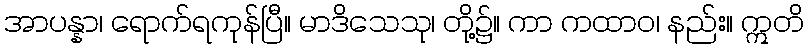
အာပန္နာ၊ ရောက်ရကုန်ပြီ။ မာဒိသေသု၊ တို့၌။ ကာ ကထာဝ၊ နည်း။ ဣတိ